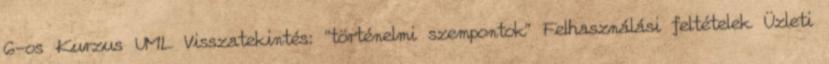
6-os Kurzus UML Visszatekintés: ”történelmi szempontok” Felhasználási feltételek Üzleti